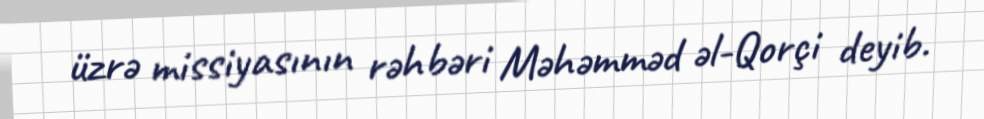
üzrə missiyasının rəhbəri Məhəmməd əl-Qorçi deyib.